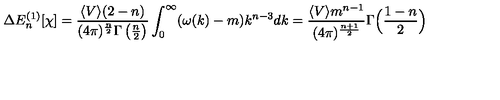
\Delta E _ { n } ^ { ( 1 ) } [ \chi ] = \frac { \langle V \rangle ( 2 - n ) } { ( 4 \pi ) ^ { \frac { n } { 2 } } \Gamma \left( \frac { n } { 2 } \right) } \int _ { 0 } ^ { \infty } ( \omega ( k ) - m ) k ^ { n - 3 } d k = \frac { \langle V \rangle m ^ { n - 1 } } { ( 4 \pi ) ^ { \frac { n + 1 } { 2 } } } \Gamma \Bigl ( \frac { 1 - n } { 2 } \Bigr )